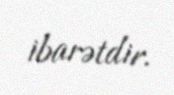
ibarətdir.